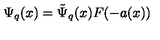
\Psi _ { q } ( x ) = \tilde { \Psi } _ { q } ( x ) F ( - a ( x ) )